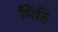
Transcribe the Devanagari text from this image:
मिडि